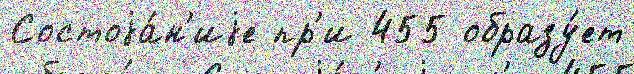
Состоjа́н'иjе пр'и 455 образу́ет